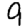
Digit: 9